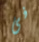
فى